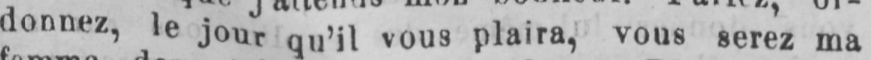
donnez, le jour qu’il vous plaira, vous serez ma